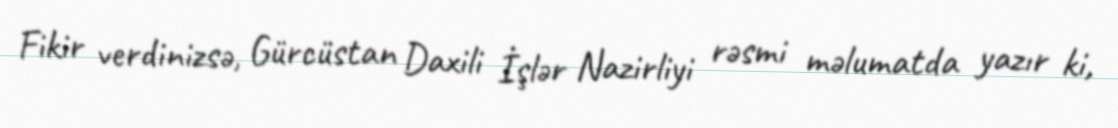
Fikir verdinizsə, Gürcüstan Daxili İşlər Nazirliyi rəsmi məlumatda yazır ki,